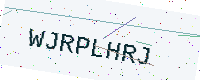
Text: WJRPLHRJ